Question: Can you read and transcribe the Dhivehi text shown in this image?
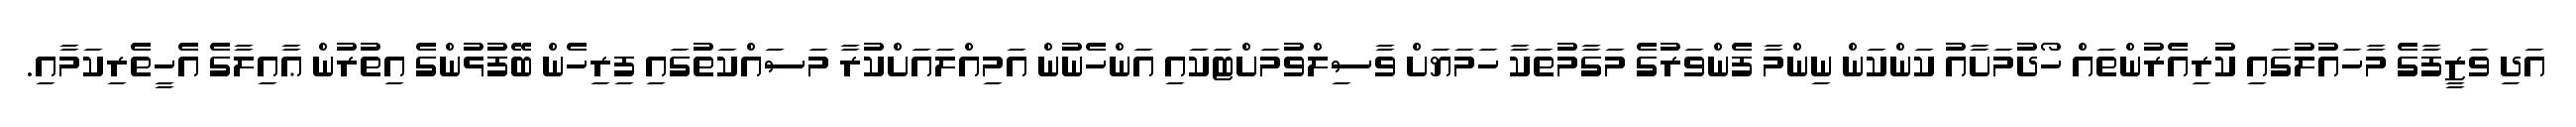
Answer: އަދި ވަޒީފާގެ މާހައުލުގައި ކުރިއެރުންތައް ހޯދުމަށާއު ކަންކަން ނިންމާ ފެންވަރުގެ މަގާމުތަކާ ހަމަޔަށް ވާސިލްވުމަށްޓަކައި އަންހެނުން އަމިއްލައަށްކުރާ މަސައްކަތުގައި ފިރިހެން ބޭފުޅުންގެ އިތުރުން ޢާއިލާގެ އެހީތެރިކަމާއި.